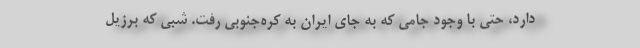
دارد، حتی با وجود جامی که به جای ایران به کره‌جنوبی رفت. شبی که برزیل